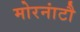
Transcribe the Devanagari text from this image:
मोरनांटौ